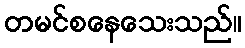
တမင်စနေသေးသည်။